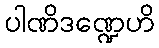
ပါဏိဒဏ္ဍေဟိ